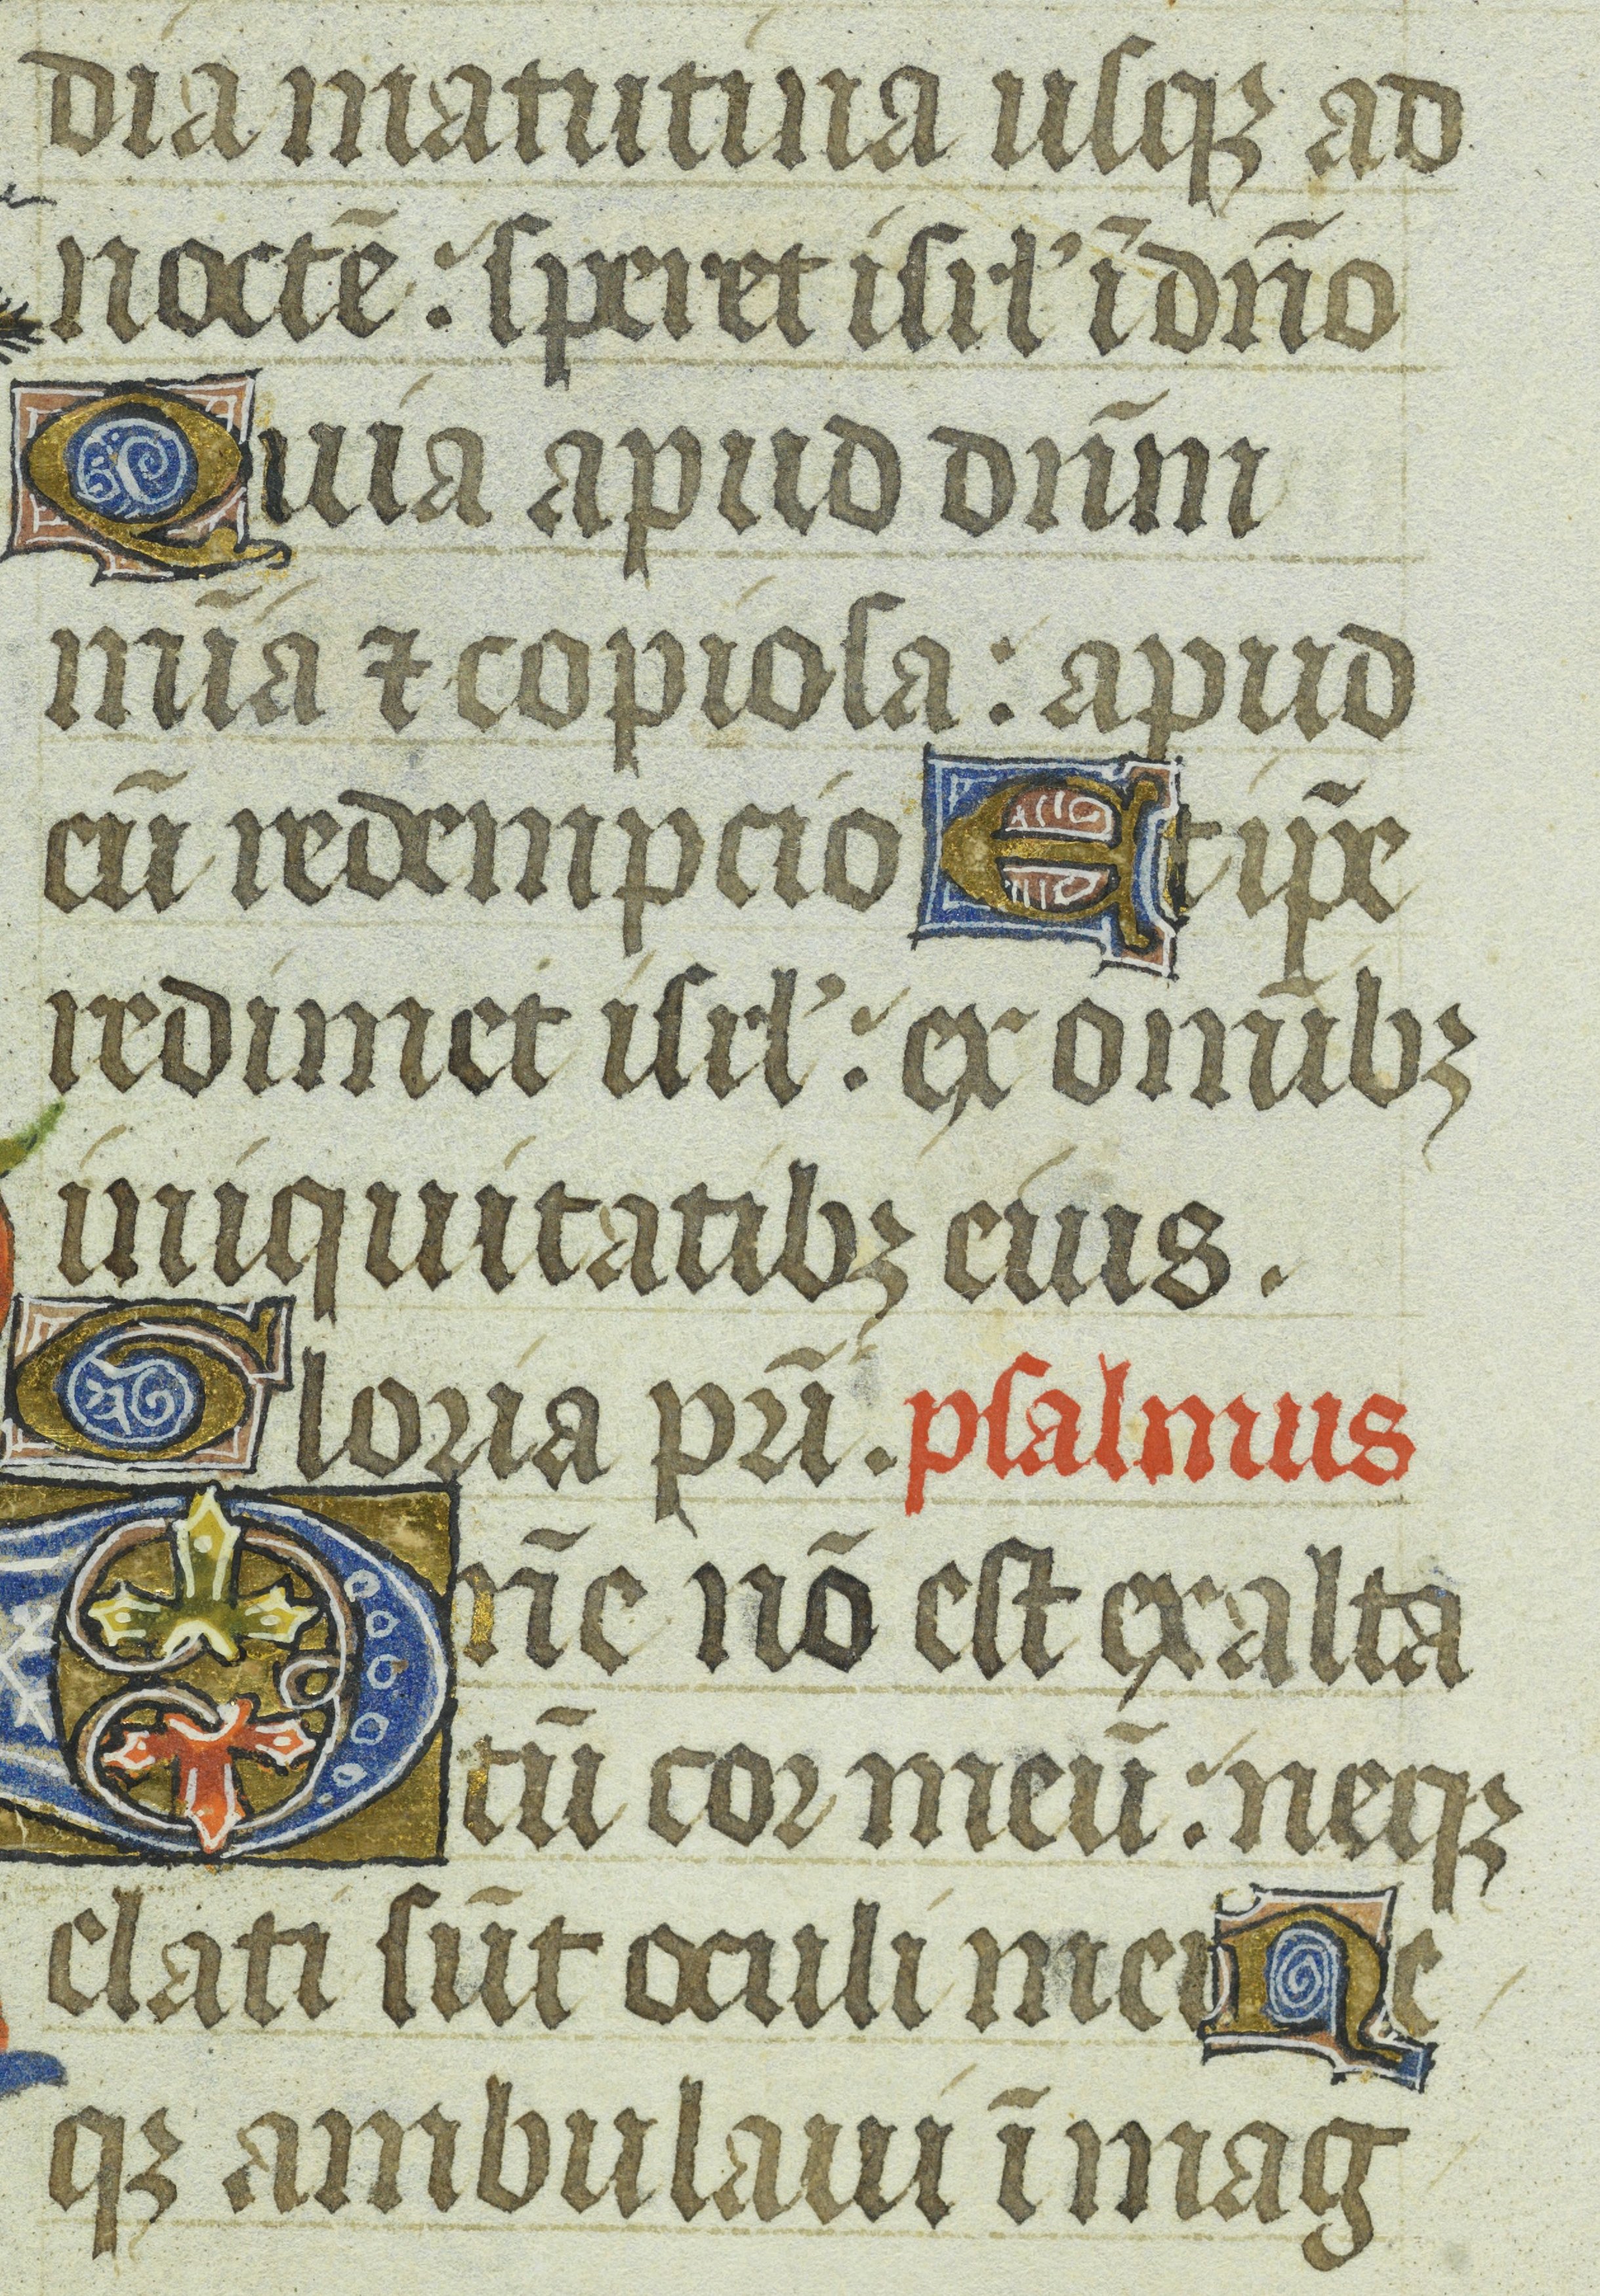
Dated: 1400–1449